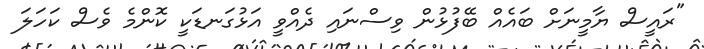
"ރައީސް ޔާމީނަށް ބައެއް ބޭފުޅުން ވިސްނައި ދެއްވީ އަޅުގަނޑަކީ ކޮންމެ ވެސް ކަހަލަ